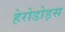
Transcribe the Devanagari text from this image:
हेरोडोड़स